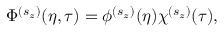
\Phi ^ { ( s _ { z } ) } ( \eta , \tau ) = \phi ^ { ( s _ { z } ) } ( \eta ) \chi ^ { ( s _ { z } ) } ( \tau ) ,